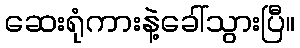
ဆေးရုံကားနဲ့ခေါ်သွားပြီ။